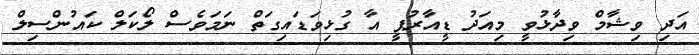
އަދި ވިޝާމް ވިދާޅުވީ މިއަދު ޑީއާރުޕީ އާ ގުޅިވަޑައިގަތް ނަމަވެސް ލޯކަލް ކައުންސިލް